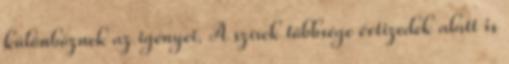
különböznek az igényei. A szírek többsége évtizedek alatt is